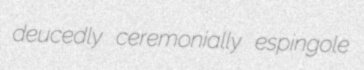
deucedly ceremonially espingole